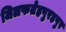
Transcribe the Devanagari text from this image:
जिलफतेहपुरहपुर